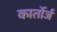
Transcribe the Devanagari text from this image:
कार्तोर्ज